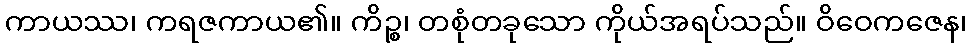
ကာယဿ၊ ကရဇကာယ၏။ ကိဉ္စ၊ တစုံတခုသော ကိုယ်အရပ်သည်။ ဝိဝေကဇေန၊